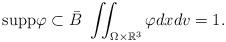
LaTeX: \begin{align*} {\rm supp} \varphi \subset \bar{B}\ \iint_{\Omega\times\mathbb{R}^3}\varphi dxdv = 1. \end{align*}